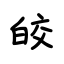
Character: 皎